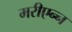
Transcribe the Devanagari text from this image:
मरीएन्न